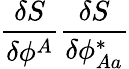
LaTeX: \frac{\delta S}{\delta\phi^{A}}\frac{\delta S}{\delta\phi_{Aa}^{\ast}}